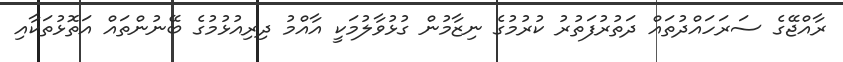
ރާއްޖޭގެ ސަރަހައްދުތައް ދަތުރުފަތުރު ކުރުމުގެ ނިޒާމުން ގުޅުވާލުމަކީ އާއްމު ދިރިއުޅުމުގެ ބޭނުންތައް އަތޮޅުތަކާއި